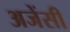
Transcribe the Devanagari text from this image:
अजेंसी